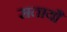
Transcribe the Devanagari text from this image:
सतायौ